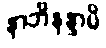
နာဘိနန္ဒာမိ